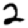
Digit: 2